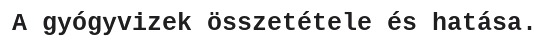
A gyógyvizek összetétele és hatása.